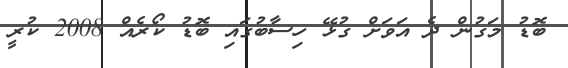
ބޮޑު މަގުން ދެ އަވަށް ގުޅޭ ހިސާބުގައި ބޮޑު ކޯރެއް 2008 ކުރީ